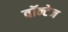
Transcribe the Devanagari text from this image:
वॉन्टेज